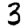
Digit: 3